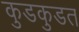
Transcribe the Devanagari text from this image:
कुडकुडत